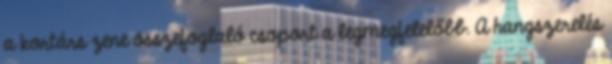
a kortárs zene összefoglaló csoport a legmegfelelőbb. A hangszerelés